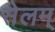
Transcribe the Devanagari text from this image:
सेलम्